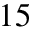
1 5